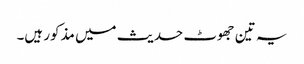
یہ تین جھوٹ حدیث میں مذکور ہیں۔